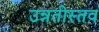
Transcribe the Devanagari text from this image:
उन्नतीस्तव